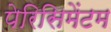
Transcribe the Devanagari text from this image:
पेरिसिमेंटम